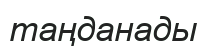
таңданады